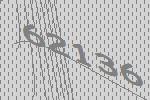
62136